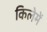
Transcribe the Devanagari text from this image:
किलेमें